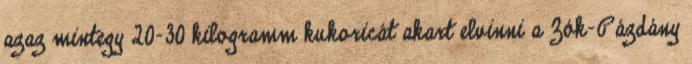
azaz mintegy 20-30 kilogramm kukoricát akart elvinni a Zók-Pázdány